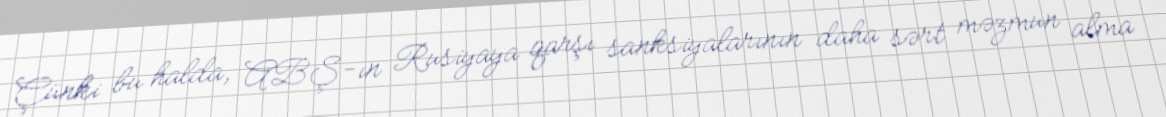
Çünki bu halda, ABŞ-ın Rusiyaya qarşı sanksiyalarının daha sərt məzmun alma